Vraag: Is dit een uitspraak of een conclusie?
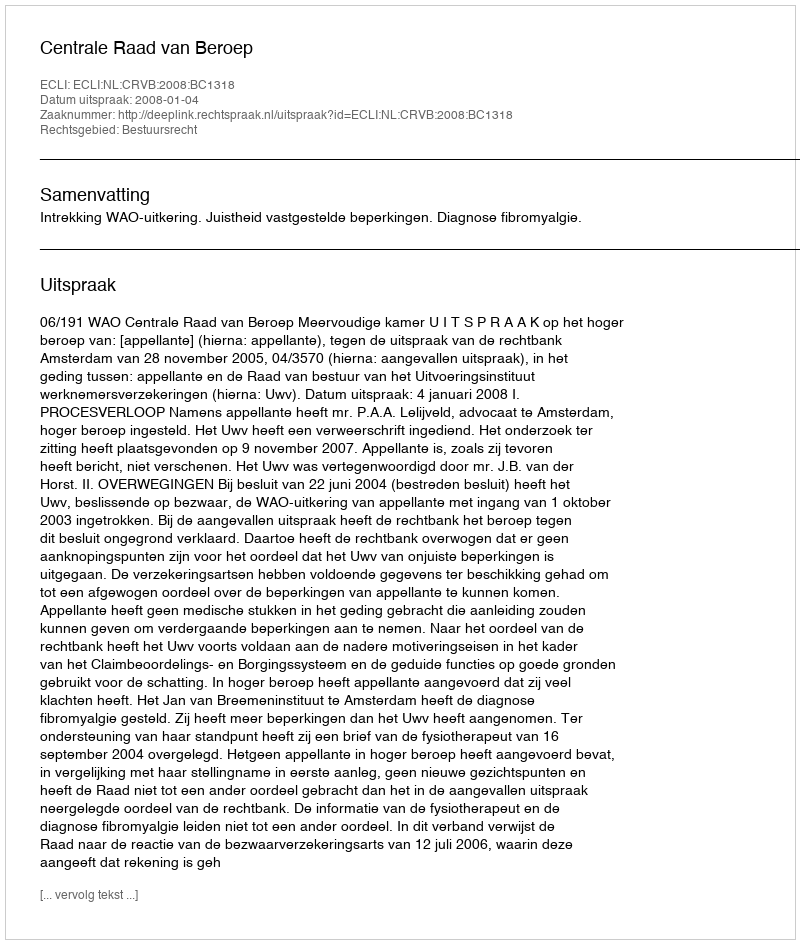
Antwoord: Uitspraak